Regulations for the medical services of the Army of India
Year: 1930
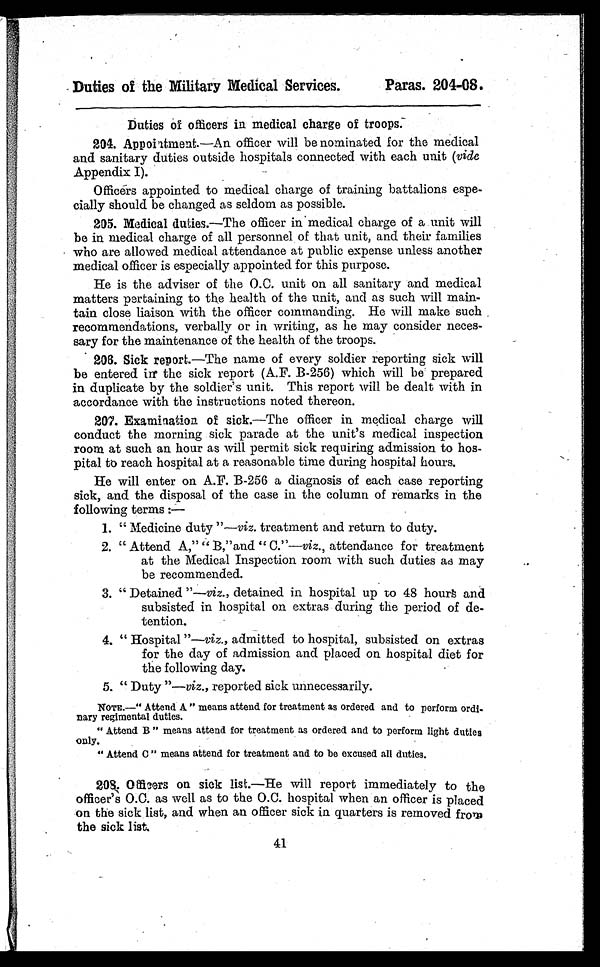
Duties of the Military Medical Services.
Paras. 204-08.
Duties of officers in medical charge of troops.
204. Appointment.—An officer will be nominated for the medical
205.
and sanitary duties outside hospitals connected with each unit (vide
Appendix I).
Officers appointed to medical charge of training battalions espe
-cially should be changed as seldom as possible.
206. Medical duties.—The officer in medical charge of a unit will
207.
be in medical charge of all personnel of that unit, and their families
who are allowed medical attendance at public expense unless another
medical officer is especially appointed for this purpose.
He is the adviser of the O.C. unit on all sanitary and medical
matters pertaining to the health of the unit, and as such will main
-tain close liaison with the officer commanding. He will make such
recommendations, verbally or in writing, as he may consider neces
-sary for the maintenance of the health of the troops.
206. Sick report.—The name of every soldier reporting sick will
be entered in the sick report (A.F. B-256) which will be prepared
in duplicate by the soldier's unit. This report will be dealt with in
accordance with the instructions noted thereon.
207. Examination of sick.—The officer in medical charge will
conduct the morning sick parade at the unit's medical inspection
room at such an hour as will permit sick requiring admission to hos
-pital to reach hospital at a reasonable time during hospital hours.
He will enter on A.F. B-256 a diagnosis of each case reporting
sick, and the disposal of the case in the column of remarks in the
following terms :—
1. "Medicine duty " —viz. treatment and return to duty.
2. " Attend A," "B".and " C."— viz., attendance for treatment
at the Medical Inspection room with such duties as may
be recommended.
3. " Detained "—viz., detained in hospital up to 48 hours and
subsisted in hospital on extras during the period of de
- t e n t i o n .
4. " Hospital "—viz., admitted to hospital, subsisted on extras
for the day of admission and placed on hospital diet for
the following day.
5. " Duty " —viz., reported sick unnecessarily.
NOTE.—" Attend A " means attend for treatment as ordered and to perform ordi
-nary regimental duties.
"Attend B" means attend for treatment as ordered and to perform light duties
only.
" Attend C " means attend for treatment and to be excused all duties.
208, Officers on sick list.—He will report immediately to the
officer's O.C. as well as to the O.C. hospital when an officer is placed
on the sick list, and when an officer sick in quarters is removed from
the sick list.
41